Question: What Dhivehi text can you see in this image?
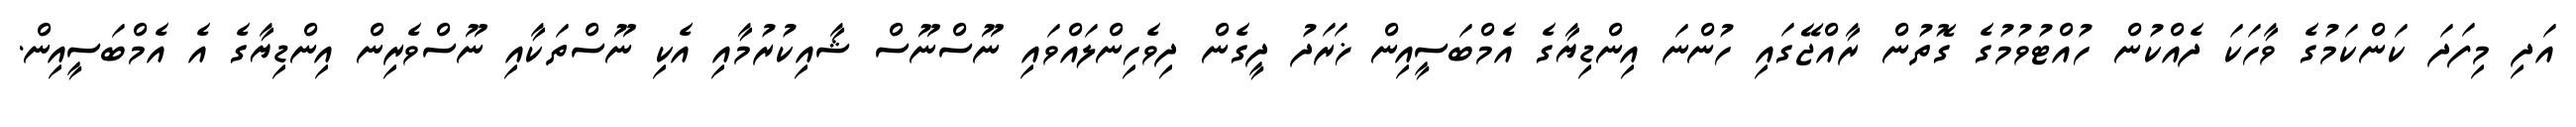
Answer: އަދި މިފަދަ ކަންކަމުގެ ވާހަކަ ދެއްކުން ހުއްޓުވުމުގެ ގޮތުން ރާއްޖޭގައި ހުންނަ އިންޑިޔާގެ އެމްބަސީއިން ޚަރަދު ދީގެން ދިވެހިންލައްވައި ނޫސްނޫސް ޝާއިކުރުމާއި އެކި ނޫސްތަކާއި ނޫސްވެރިން އިންޑިޔާގެ އެ އެމްބަސީއިން.